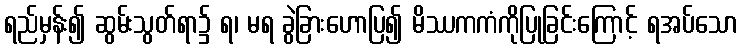
ရည်မှန်း၍ ဆွမ်းသွတ်ရာ၌ ရ၊ မရ ခွဲခြားဟောပြ၍ မိဿကကံကိုပြုခြင်းကြောင့် ရအပ်သော